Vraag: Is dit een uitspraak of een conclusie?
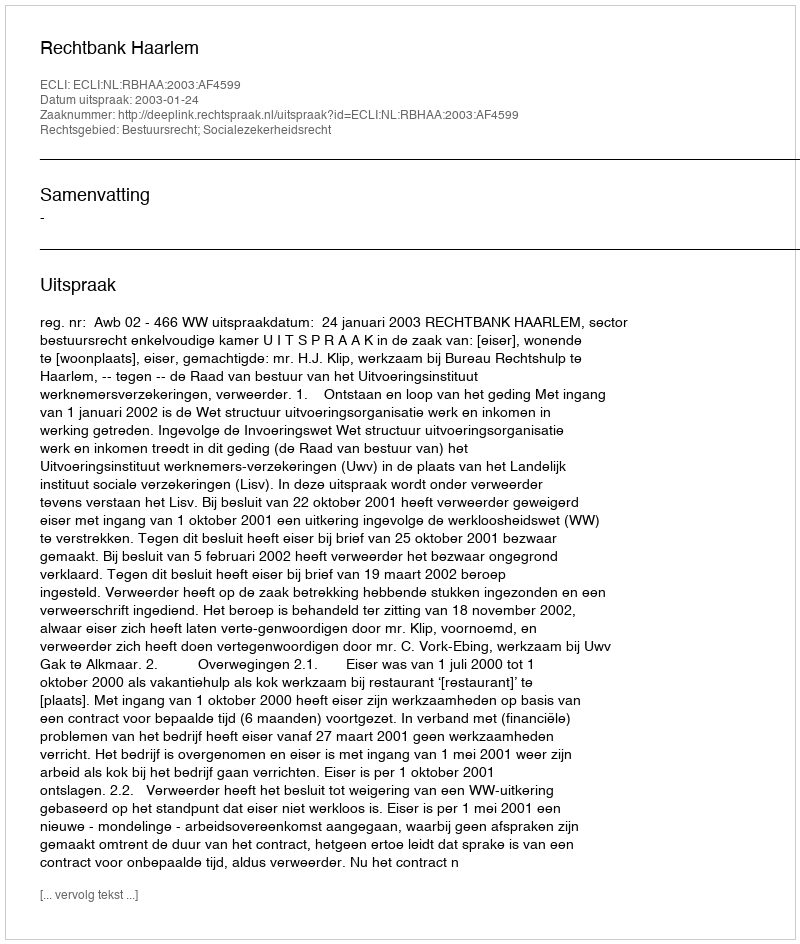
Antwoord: Uitspraak